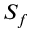
S _ { f }